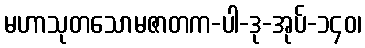
မဟာသုတသောမဇာတက-ပါ-ဒု-အုပ်-၁၄၀၊